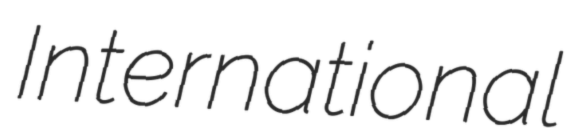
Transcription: International